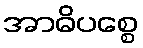
အာဓိပစ္စေ